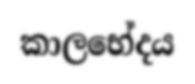
කාලභේදය